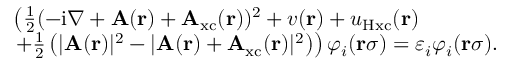
\begin{array} { r l } & { \left( \frac { 1 } { 2 } ( - \mathrm { i } \nabla + \mathbf { A } ( \mathbf { r } ) + \mathbf { A } _ { \mathrm { x c } } ( \mathbf { r } ) ) ^ { 2 } + v ( \mathbf { r } ) + u _ { \mathrm { H x c } } ( \mathbf { r } ) \right. } \\ & { \left. + \frac { 1 } { 2 } \left( | \mathbf { A } ( \mathbf { r } ) | ^ { 2 } - | \mathbf { A } ( \mathbf { r } ) + \mathbf { A } _ { \mathrm { x c } } ( \mathbf { r } ) | ^ { 2 } \right) \right) \varphi _ { i } ( \mathbf { r } \sigma ) = \varepsilon _ { i } \varphi _ { i } ( \mathbf { r } \sigma ) . } \end{array}